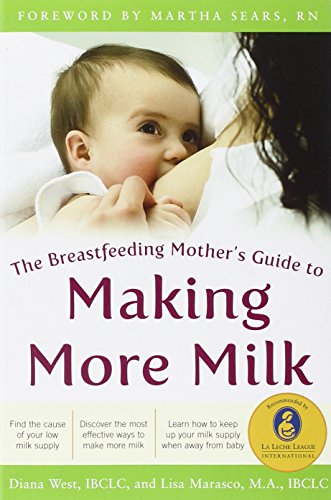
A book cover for The Breastfeeding Mother's Guide to Making More Milk: Foreword by Martha Sears, RN; Diana West; Parenting & Relationships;